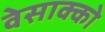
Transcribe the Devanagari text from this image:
वेसाक्को